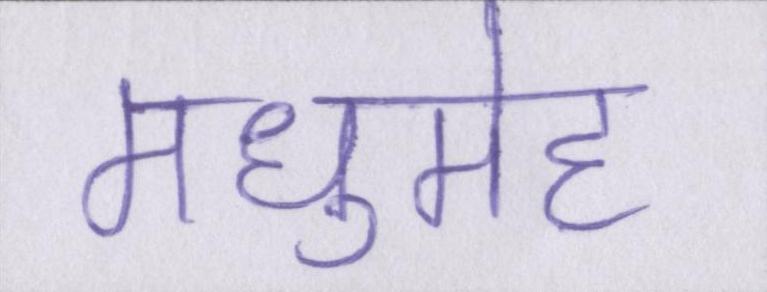
मधुमेह